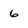
Character: 6